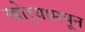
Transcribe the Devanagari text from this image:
खोर्‍यामधून